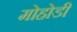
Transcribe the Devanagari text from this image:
मोहोडी